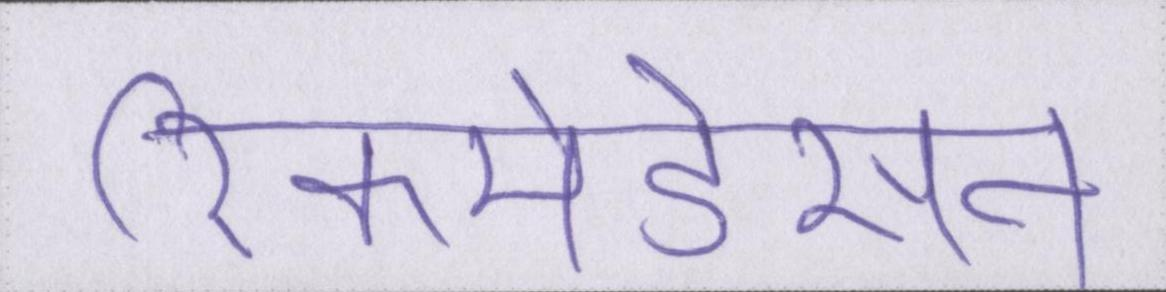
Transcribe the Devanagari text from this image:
रिकमेंडेसन